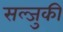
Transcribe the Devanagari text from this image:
सल्जुकी